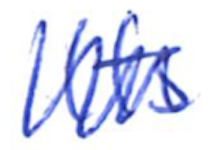
Text: Its
Cross-out: zig-zag
Writing tool: ballpoint